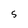
Character: S